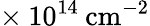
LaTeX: \times\: 10^{14}\: \mathrm{cm^{-2}}